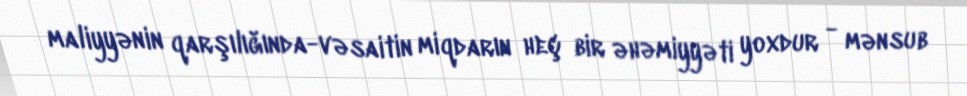
maliyyənin qarşılığında-vəsaitin miqdarın heç bir əhəmiyyəti yoxdur - mənsub